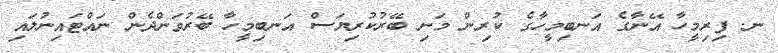
ނ. ފިރިމީހާ އޭނާގެ އަނބިމީހާގެ ކުރިން މަނި ބޭރުކުރިޔަސް އަނބިމީހާ ބޭރުވަންދެން ނައްޓައިނުލައި